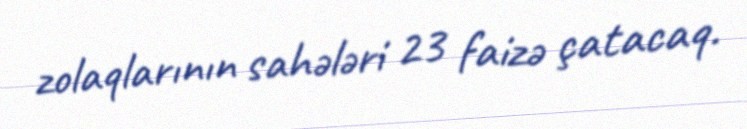
zolaqlarının sahələri 23 faizə çatacaq.